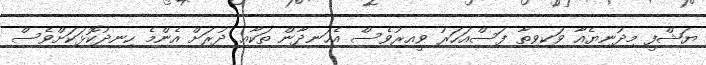
ޔަޝްފީ މިދުނިޔެއާ ވަކިވިތާ ފަސްއަހަރު ވީއިރުވެސް އެހަނދާން ތަކާއި ދުރަށް އެންމެ ހިނދުކޮޅަކަށްވެސް